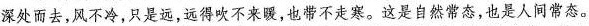
深处而去，风不冷，只是远，远得吹不来暖，也带不走寒。这是自然常态，也是人间常态。